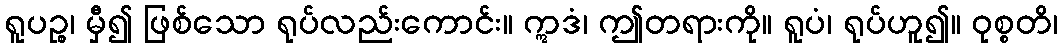
ရူပဉ္စ၊ မှီ၍ ဖြစ်သော ရုပ်လည်းကောင်း။ ဣဒံ၊ ဤတရားကို။ ရူပံ၊ ရုပ်ဟူ၍။ ဝုစ္စတိ၊